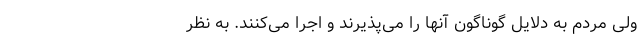
ولی مردم به دلایل گوناگون آنها را می‌پذیرند و اجرا می‌کنند. به نظر